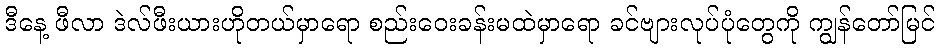
ဒီနေ့ ဖီလာ ဒဲလ်ဖီးယားဟိုတယ်မှာရော စည်းဝေးခန်းမထဲမှာရော ခင်ဗျားလုပ်ပုံတွေကို ကျွန်တော်မြင်